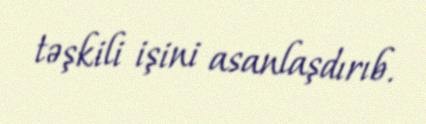
təşkili işini asanlaşdırıb.